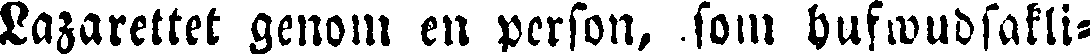
Lazarettet genom en person, som hufwudsakli-